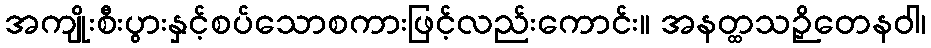
အကျိုးစီးပွားနှင့်စပ်သောစကားဖြင့်လည်းကောင်း။ အနတ္ထသဉှိတေနဝါ၊